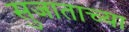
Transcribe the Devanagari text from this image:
सुजाताच्या